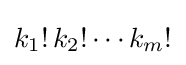
k_{1}!\,k_{2}!\cdots k_{m}!